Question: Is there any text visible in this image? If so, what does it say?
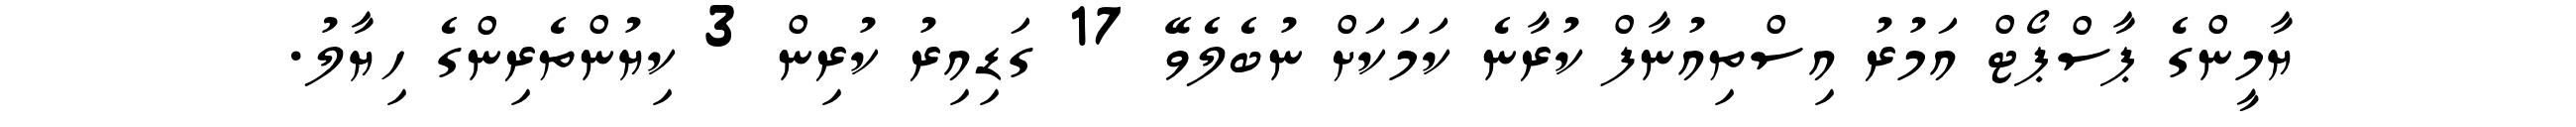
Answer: ޔާމީންގެ ޕާސްޕޯޓް އަމުރު އިސްތިއުނާފް ކުރާނެ ކަމަކަށް ނުބެލެވޭ 17 ގަޑިއިރު ކުރިން 3 ކިޔުންތެރިންގެ ހިޔާލު.